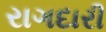
રાગદારી